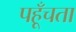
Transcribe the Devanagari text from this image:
पहूँचता